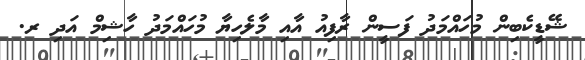
ޝޭޑީކެބިން މުހައްމަދު ފަސީން ރާފިއު އާއި މާލެހިޔާ މުހައްމަދު ހާޝިމް އަދި ރ.